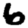
Digit: 6